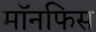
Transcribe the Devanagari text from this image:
मॉनफिस